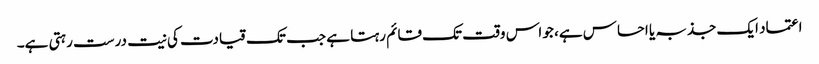
اعتماد ایک جذبہ یا احساس ہے، جو اس وقت تک قائم رہتا ہے جب تک قیادت کی نیت درست رہتی ہے۔